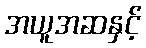
အယူအဆနှင့်